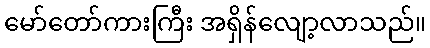
မော်တော်ကားကြီး အရှိန်လျော့လာသည်။